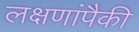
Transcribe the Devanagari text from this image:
लक्षणांपैकी